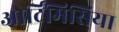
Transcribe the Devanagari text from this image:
आर्टिमिसिया